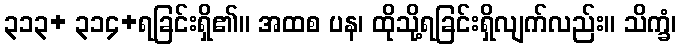
၃၁၃+ ၃၁၄+ရခြင်းရှိ၏။ အထစ ပန၊ ထိုသို့ရခြင်းရှိလျက်လည်း။ သိက္ခံ၊